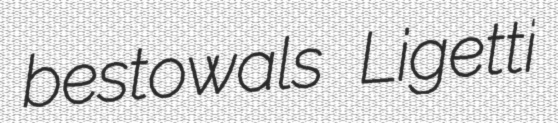
bestowals Ligetti